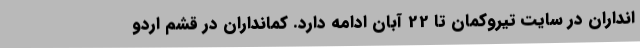
انداران در سایت تیروکمان تا 22 آبان ادامه دارد. کمانداران در قشم اردو